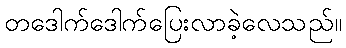
တဒေါက်ဒေါက်ပြေးလာခဲ့လေသည်။